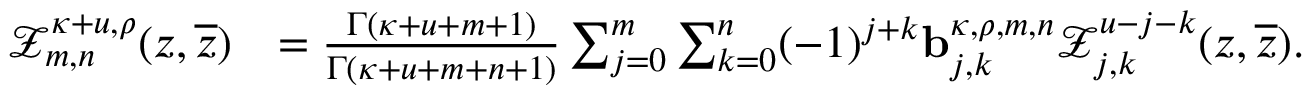
\begin{array} { r l } { \mathcal { Z } _ { m , n } ^ { \kappa + u , \rho } ( z , \overline { { z } } ) } & { = \frac { \Gamma ( \kappa + u + m + 1 ) } { \Gamma ( \kappa + u + m + n + 1 ) } \sum _ { j = 0 } ^ { m } \sum _ { k = 0 } ^ { n } ( - 1 ) ^ { j + k } \mathbf { b } _ { j , k } ^ { \kappa , \rho , m , n } \mathcal { Z } _ { j , k } ^ { u - j - k } ( z , \overline { { z } } ) . } \end{array}